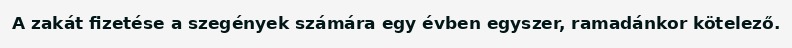
A zakát fizetése a szegények számára egy évben egyszer, ramadánkor kötelező.